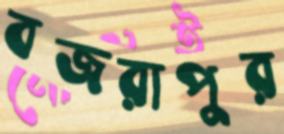
বজরাপুর